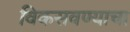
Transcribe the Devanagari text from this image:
विकसवण्याचा